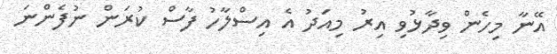
އޭނާ މިހެން ވިދާޅުވި އިރު މިއަދު އެ އިސްލާހު ފާސް ކުރަން ނުފެންނަ